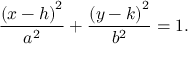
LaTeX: { \frac { \left( x - h \right) ^ { 2 } } { a ^ { 2 } } } + { \frac { \left( y - k \right) ^ { 2 } } { b ^ { 2 } } } = 1 .